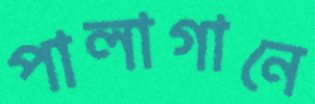
পালাগানে